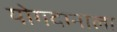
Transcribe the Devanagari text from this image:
योगदानाला